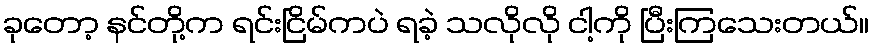
ခုတော့ နင်တို့က ရင်းငြိမ်ကပဲ ရခဲ့ သလိုလို ငါ့ကို ပြီးကြသေးတယ်။